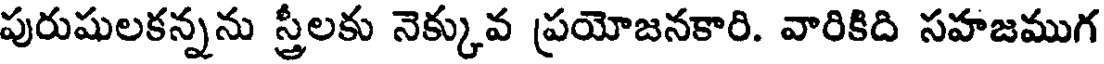
పురుషులకన్నను స్త్రీలకు నెక్కువ ప్రయోజనకారి. వారికిది సహజముగ